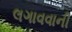
લગાવવાની